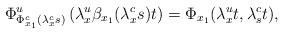
LaTeX: \begin{align*}\Phi^u_{\Phi^c_{x_1}(\lambda^c_xs)}\left(\lambda^u_x\beta_{x_1}(\lambda^c_xs)t\right)=\Phi_{x_1}(\lambda^u_xt,\lambda^c_st),\end{align*}